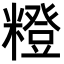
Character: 𥼰